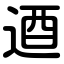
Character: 逎